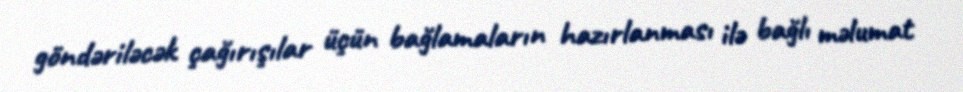
göndəriləcək çağırışılar üçün bağlamaların hazırlanması ilə bağlı məlumat